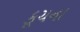
કૂચના